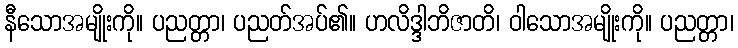
နီသောအမျိုးကို။ ပညတ္တာ၊ ပညတ်အပ်၏။ ဟလိဒ္ဒါဘိဇာတိ၊ ဝါသောအမျိုးကို။ ပညတ္တာ၊